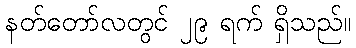
နတ်တော်လတွင် ၂၉ ရက် ရှိသည်။